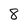
Character: 8